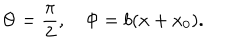
\Theta = \frac \pi 2 , ~ \Phi = b ( x + x _ { 0 } ) .